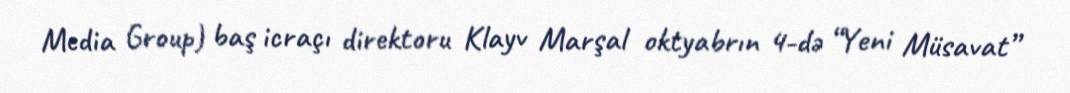
Media Group) baş icraçı direktoru Klayv Marşal oktyabrın 4-də “Yeni Müsavat”